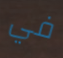
في